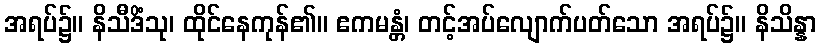
အရပ်၌။ နိသီဒိံသု၊ ထိုင်နေကုန်၏။ ဧကမန္တံ၊ တင့်အပ်လျောက်ပတ်သော အရပ်၌။ နိသိန္နာ